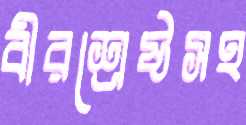
বীরশ্রেষ্ঠসহ